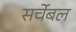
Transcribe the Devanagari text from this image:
सर्चेबल